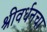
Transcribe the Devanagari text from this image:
श्रीवर्धनचा